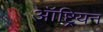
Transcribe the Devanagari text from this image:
ऑष्ट्रियन